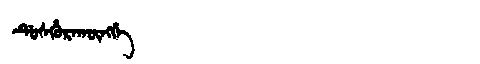
Manchu: ᡩᡠᠰᡥᡠᡵᠠᡴᡡᠩᡤᡝ
Romanization: DUSHURAKŪNGGE